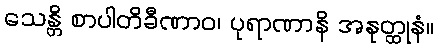
သေန္တိ စာပါတိခီဏာဝ၊ ပုရာဏာနိ အနုတ္ထုနံ။